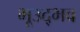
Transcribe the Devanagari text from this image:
भूउद्भव